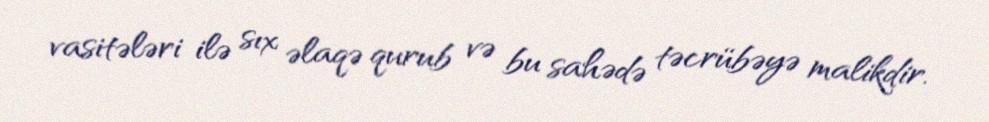
vasitələri ilə sıx əlaqə qurub və bu sahədə təcrübəyə malikdir.